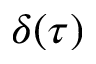
\delta ( \tau )